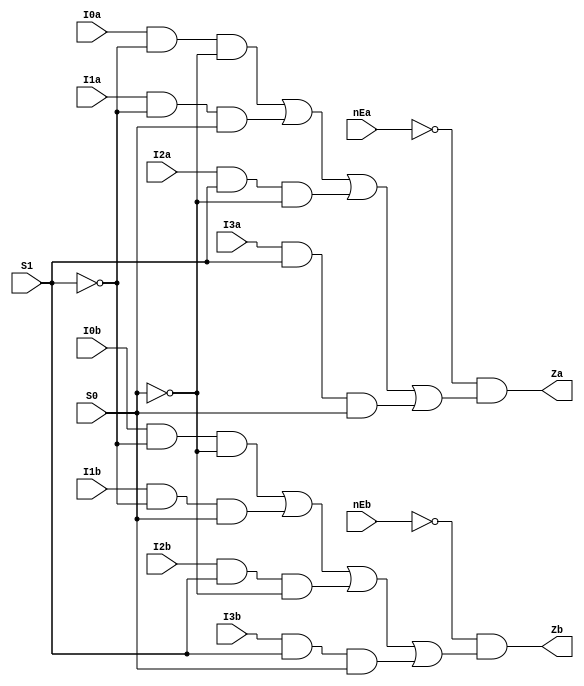
`timescale 1ns / 1ps
//////////////////////////////////////////////////////////////////////////////////
// Company: 
// 
// Design Name:    LS153
// Module Name:    system86/ttl/ls153.v
// Project Name:   Namco System86 simulation
// Target Devices: 
// Tool versions: 
// Description:    LS153 - Dual 4-Line To 1-Line Data Selectors/Multiplexers
//
// Dependencies: 
//
// Revision: 
// Revision 0.01 - File Created
// Additional Comments: 
// License:        https://www.apache.org/licenses/LICENSE-2.0
//
//////////////////////////////////////////////////////////////////////////////////
module ls153(
        input wire S0,
        input wire S1,
        input wire nEa,
        input wire I0a,
        input wire I1a,
        input wire I2a,
        input wire I3a,
        input wire nEb,
        input wire I0b,
        input wire I1b,
        input wire I2b,
        input wire I3b,
        output wire Za,
        output wire Zb
    );

	assign Za = ~nEa & ((I0a & ~S1 & ~S0) | (I1a & ~S1 & S0) | (I2a & S1 & ~S0) | (I3a & S1 & S0));
	assign Zb = ~nEb & ((I0b & ~S1 & ~S0) | (I1b & ~S1 & S0) | (I2b & S1 & ~S0) | (I3b & S1 & S0));
endmodule